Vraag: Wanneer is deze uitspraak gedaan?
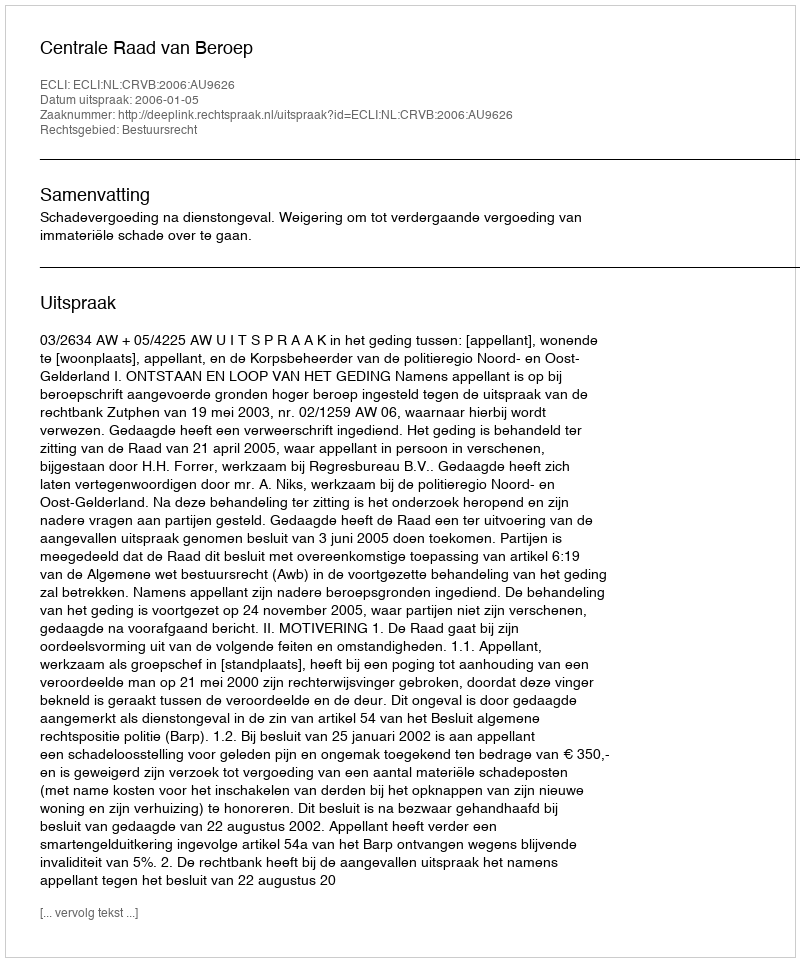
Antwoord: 2006-01-05